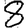
Digit: 8